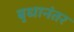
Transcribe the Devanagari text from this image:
बुधानंतर